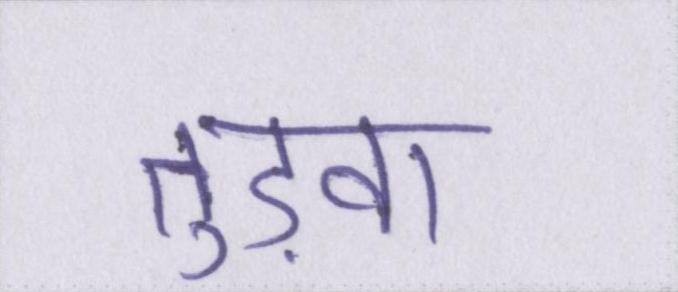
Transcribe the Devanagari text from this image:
तुड़वा